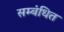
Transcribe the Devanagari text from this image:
सम्‍बंधित